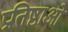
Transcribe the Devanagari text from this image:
प्रतिष्ठाओं